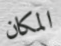
المكان